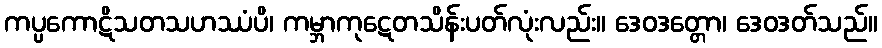
ကပ္ပကောဋိသတသဟဿံပိ၊ ကမ္ဘာကုဋေတသိန်းပတ်လုံးလည်း။ ဒေဝဒတ္တော၊ ဒေဝဒတ်သည်။